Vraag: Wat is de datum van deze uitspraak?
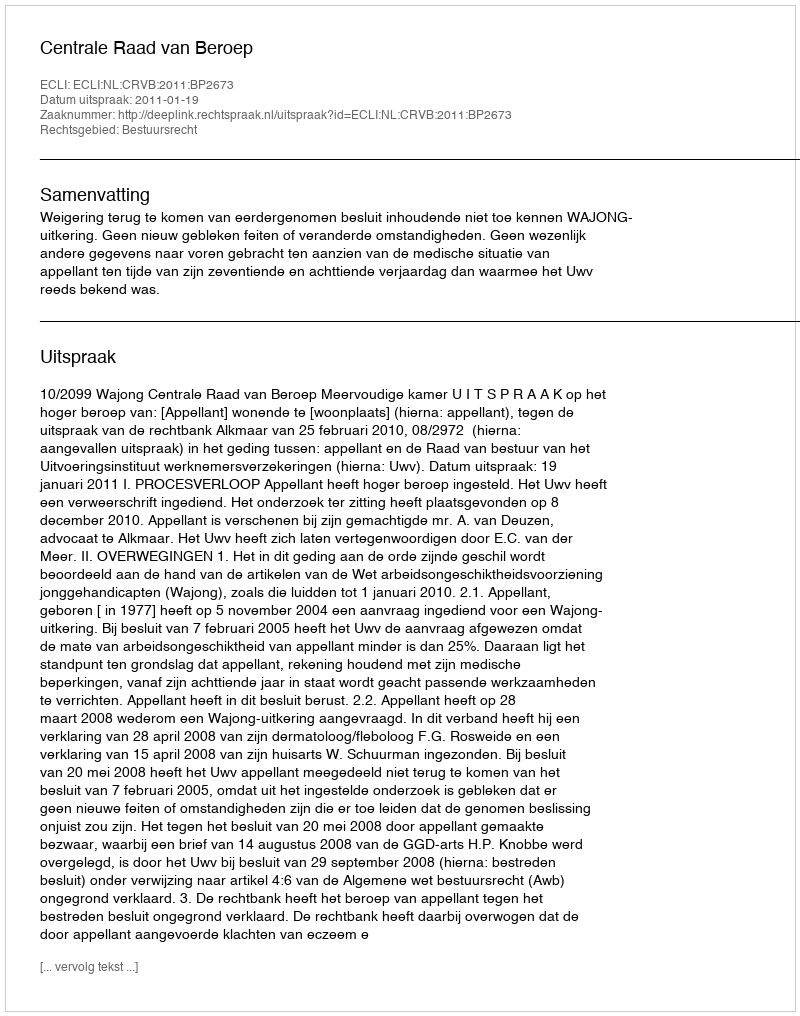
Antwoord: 2011-01-19